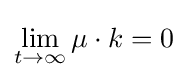
\lim _{t\to \infty }\mu \cdot k=0